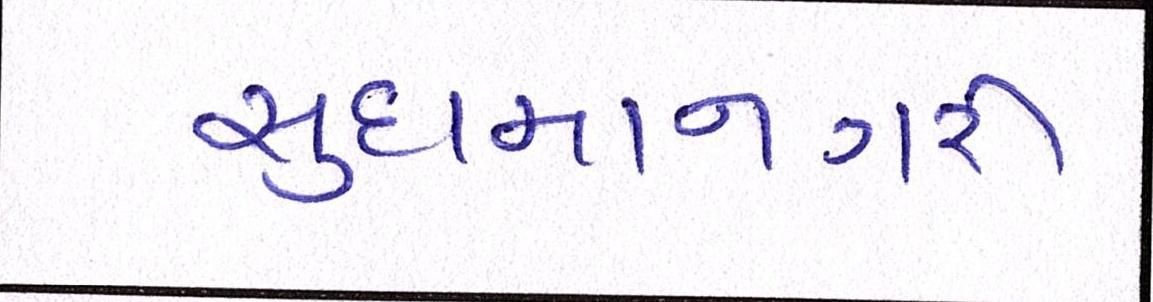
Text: સુદામાનગરી